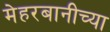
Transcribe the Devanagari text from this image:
मेहरबानीच्या